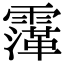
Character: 䨰